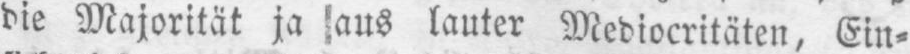
die Majorität ja aus lauter Mediocritäten, Ein⸗